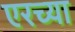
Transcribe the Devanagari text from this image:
एरच्या